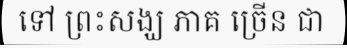
ទៅ ព្រះសង្ឃ ភាគ ច្រើន ជា